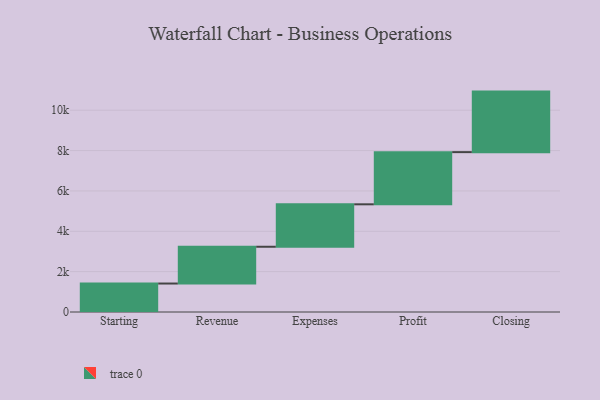
{"axis": {"x": "Step", "y": "Value"}, "legend": [""], "data": [{"x": "Starting", "y": 1411.0, "type": ""}, {"x": "Revenue", "y": 1823.0, "type": ""}, {"x": "Expenses", "y": 2103.0, "type": ""}, {"x": "Profit", "y": 2586.0, "type": ""}, {"x": "Closing", "y": 3000, "type": ""}]}